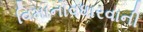
વિમાનોવધારવાની